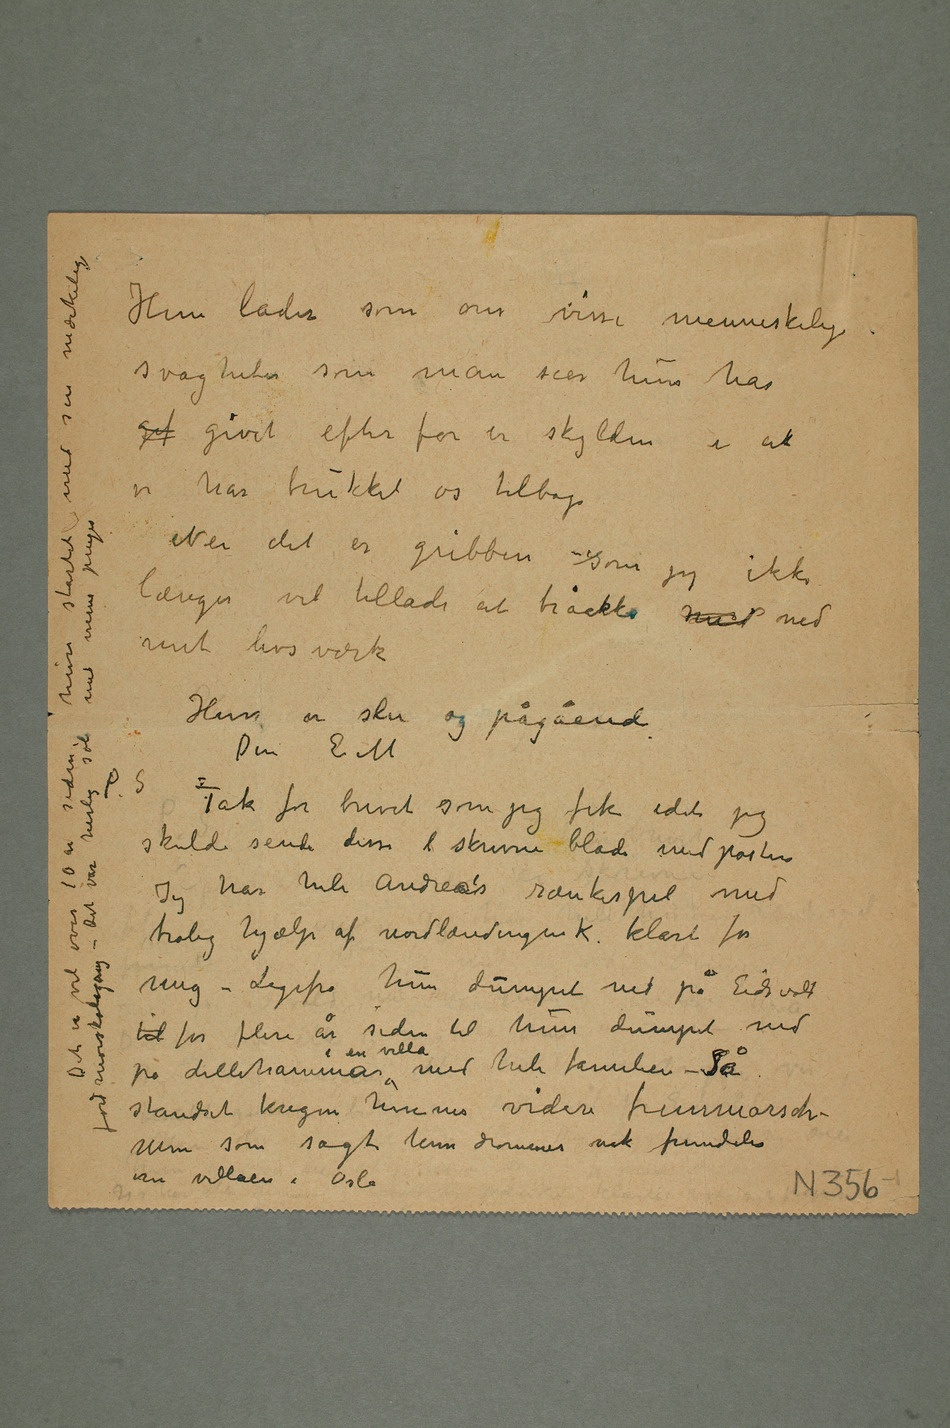
Hun lader som om visse menneskelige
svagheter som man sier hun har
gif givet efter for er skylden i at
vi har trukket os tilbage
Nei det er gribben som jeg ikke
længer vil tillade at tråkke ned ned
mit livsværk
Hun er slu og pågående
Tak for brevet som jeg fik idet jeg
skulde sende disse  skrevne blade med posten
Jeg har hele Andrea’s rænkespil med
trolig hjælp af nordlændingen K. klart for
mig – Ligefra hun dumpet ned på Eidsvoll
til for flere år siden til hun dumpet ned
på Lillehammear i en villa med hele familien – Så
standset krigen hennes videre fremmarsch –
Men som sagt hun drømmer nok fremdeles
om villaen i Oslo
Det var herlig